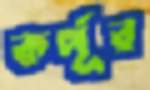
কর্পূর